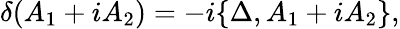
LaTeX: \delta(A_{1}+iA_{2})=-i\{ \Delta,A_{1}+iA_{2}\} ,